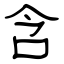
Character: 含